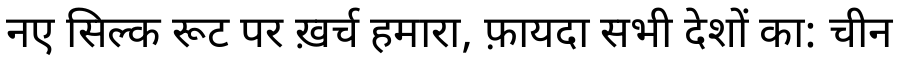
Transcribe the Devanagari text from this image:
नए सिल्क रूट पर ख़र्च हमारा, फ़ायदा सभी देशों का: चीन